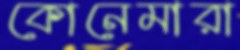
কোনেমারা